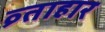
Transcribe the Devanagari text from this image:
व्र्ताहार